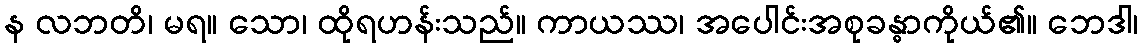
န လဘတိ၊ မရ။ သော၊ ထိုရဟန်းသည်။ ကာယဿ၊ အပေါင်းအစုခန္ဓာကိုယ်၏။ ဘေဒါ၊